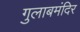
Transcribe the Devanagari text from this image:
गुलाबमंदिर